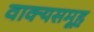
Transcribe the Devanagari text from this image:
वाक्यसमूह